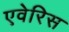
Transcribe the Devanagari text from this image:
एवेरिस